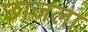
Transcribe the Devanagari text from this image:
छाजला